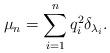
LaTeX: \begin{align*}\mu_n = \sum_{i = 1}^n q_i^2 \delta_{\lambda_i}.\end{align*}